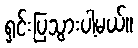
ရှင်းပြသွားပါ့မယ်။